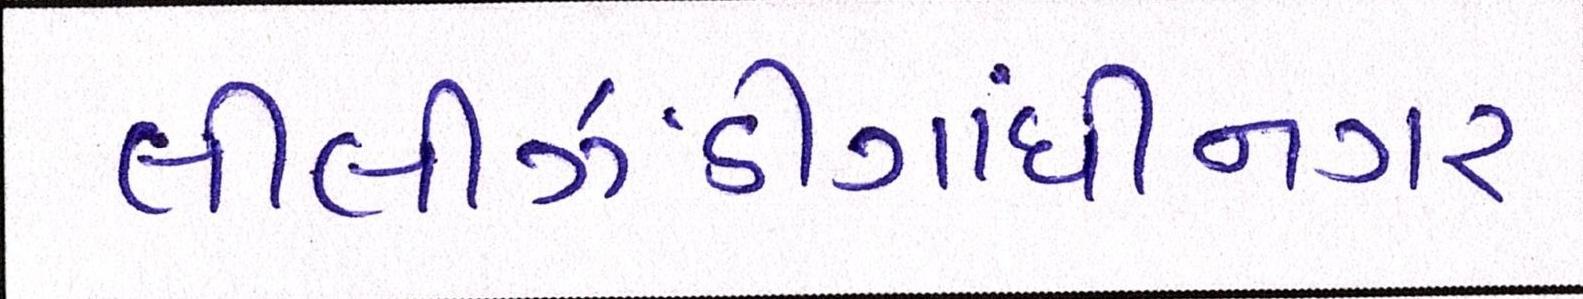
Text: લીલીઝંડીગાંધીનગર